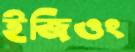
ইজিওং